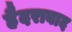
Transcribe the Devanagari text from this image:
हैदराबाद